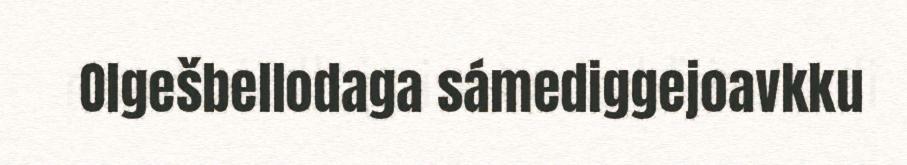
Olgešbellodaga sámediggejoavkku